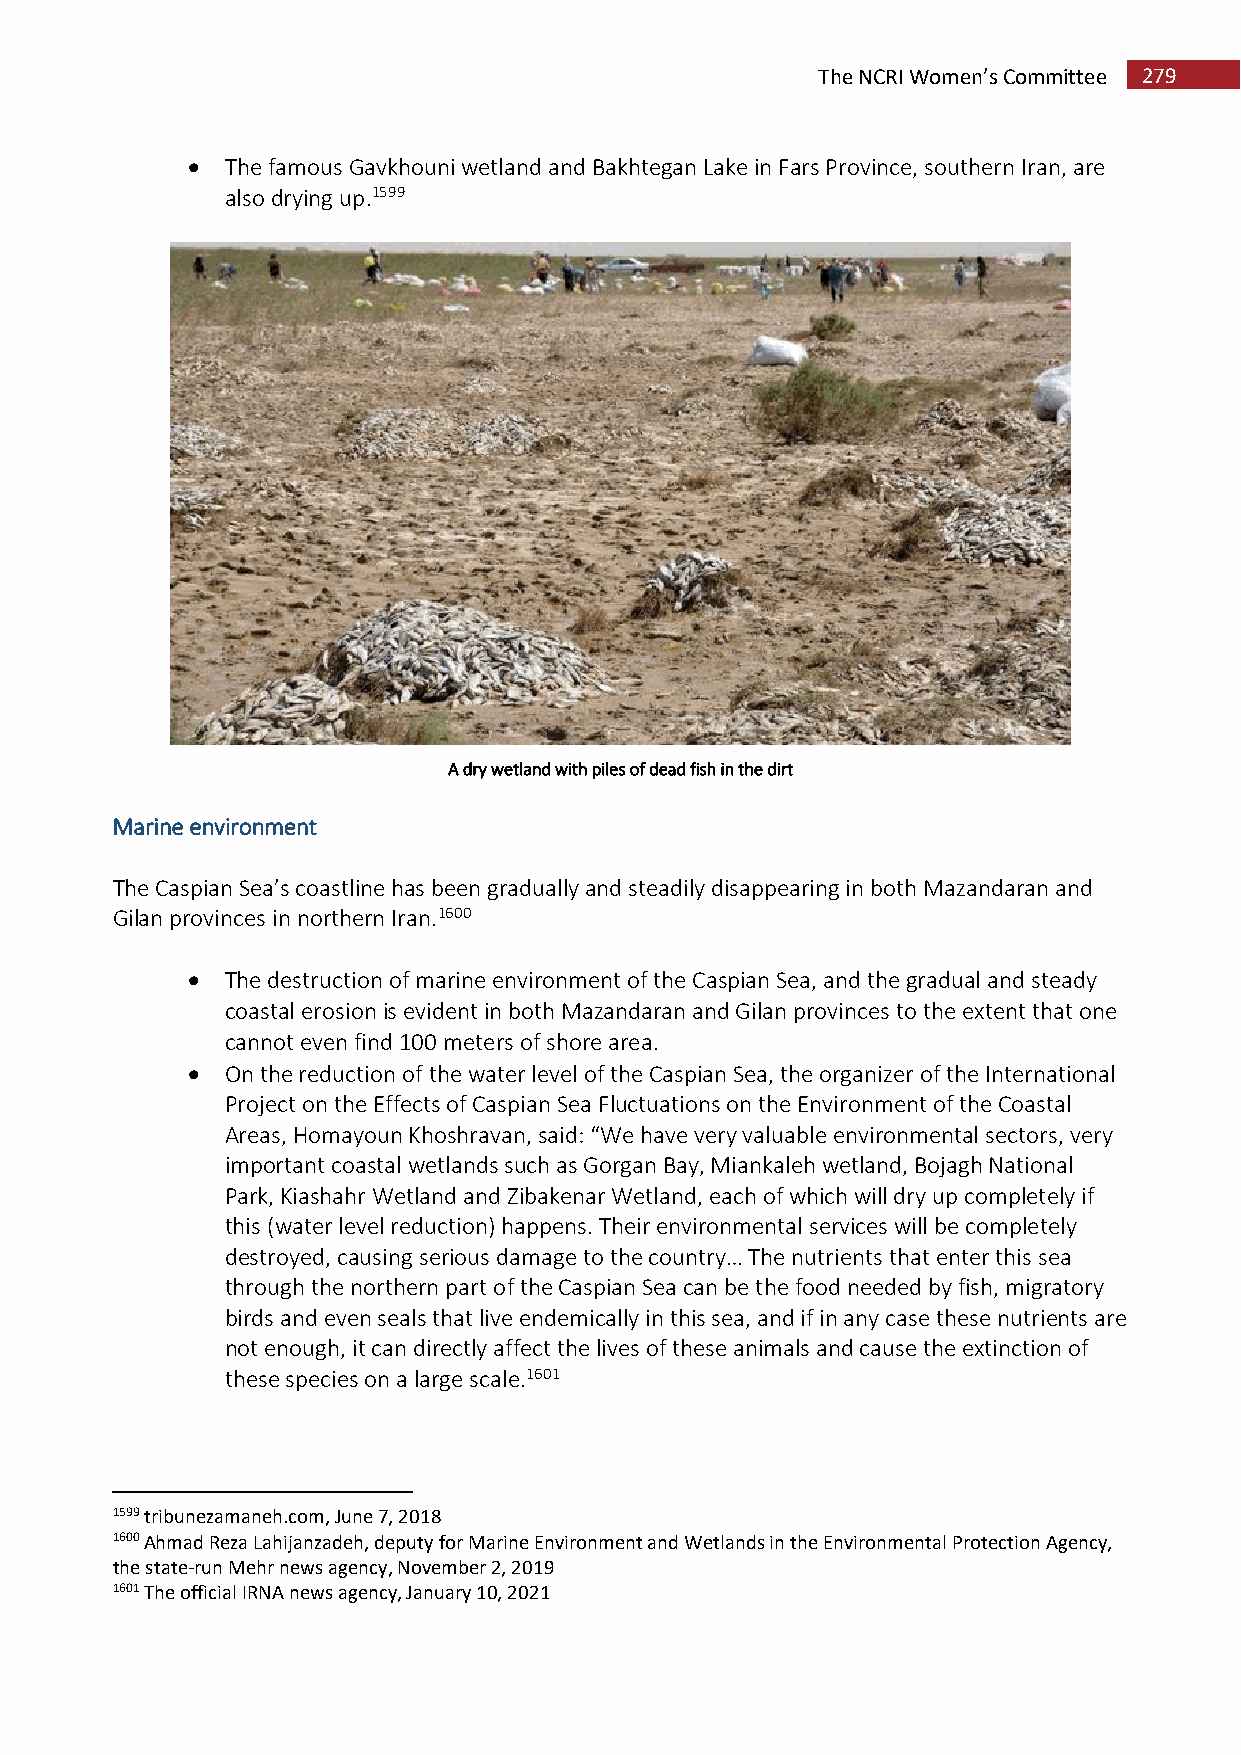
The NCRI Women’s Committee 279
   The famous Gavkhouni wetland and Bakhtegan Lake in Fars Province, southern Iran, are
 also drying up.1599
 A dry wetland with piles of dead fish in the dirt
 Marine environment
 The Caspian Sea’s coastline has been gradually and steadily disappearing in both Mazandaran and
 Gilan provinces in northern Iran.1600
   The destruction of marine environment of the Caspian Sea, and the gradual and steady
 coastal erosion is evident in both Mazandaran and Gilan provinces to the extent that one
 cannot even find 100 meters of shore area.
   On the reduction of the water level of the Caspian Sea, the organizer of the International
 Project on the Effects of Caspian Sea Fluctuations on the Environment of the Coastal
 Areas, Homayoun Khoshravan, said: “We have very valuable environmental sectors, very
 important coastal wetlands such as Gorgan Bay, Miankaleh wetland, Bojagh National
 Park, Kiashahr Wetland and Zibakenar Wetland, each of which will dry up completely if
 this (water level reduction) happens. Their environmental services will be completely
 destroyed, causing serious damage to the country… The nutrients that enter this sea
 through the northern part of the Caspian Sea can be the food needed by fish, migratory
 birds and even seals that live endemically in this sea, and if in any case these nutrients are
 not enough, it can directly affect the lives of these animals and cause the extinction of
 these species on a large scale.1601
 1599 tribunezamaneh.com, June 7, 2018
 1600 Ahmad Reza Lahijanzadeh, deputy for Marine Environment and Wetlands in the Environmental Protection Agency,
 the state-run Mehr news agency, November 2, 2019
 1601 The official IRNA news agency, January 10, 2021